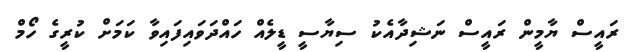
ރައީސް ޔާމީން ރައީސް ނަޝިދާއެކު ސިޔާސީ ޑީލެއް ހައްދަވައިފައިވާ ކަމަށް ކުރީގެ ހޯމް